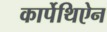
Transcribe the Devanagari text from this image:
कार्पेथिऐन